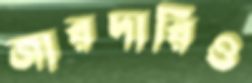
জারদারিও